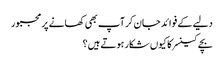
دلیے کے فوائد جان کر آپ بھی کھانے پر مجبور
بچے کینسر کا کیوں شکار ہوتے ہیں؟